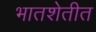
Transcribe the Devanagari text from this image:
भातशेतीत